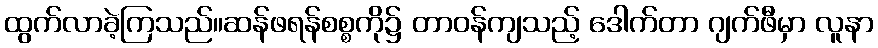
ထွက်လာခဲ့ကြသည်။ဆန်ဖရန်စစ္စကို၌ တာဝန်ကျသည့် ဒေါက်တာ ဂျက်ဖီမှာ လူနာ